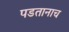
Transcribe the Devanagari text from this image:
पडतानाच